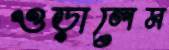
ওড়ালেম